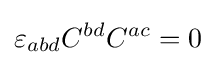
\varepsilon _{abd}C^{bd}C^{ac}=0